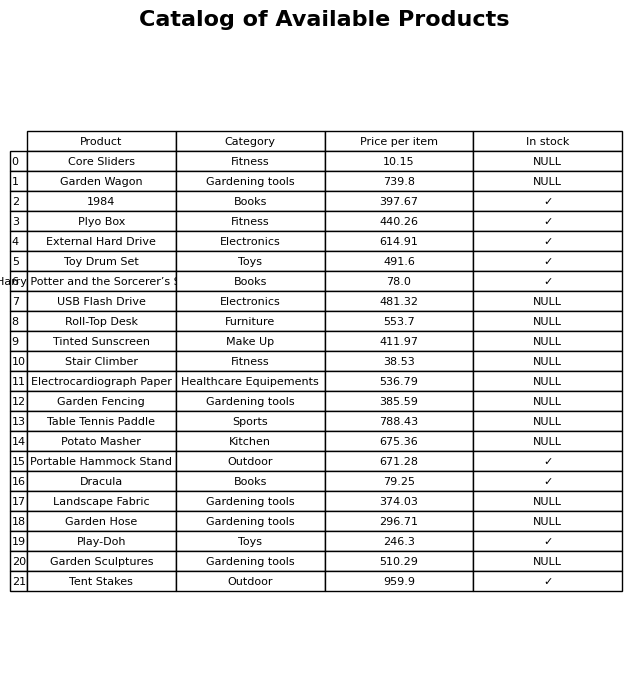
question: Is the Toy Drum Set in stock?
answer: ✓